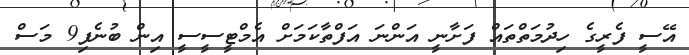
އޭސީ ފެރީގެ ހިދުމަތްތައް ފަށާނީ އަންނަ އަފްތާކަމަށް އެމްޓީސީސީ އިން ބުނެފި9 މަސް